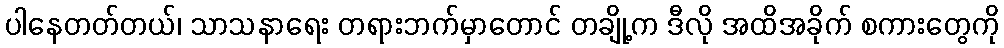
ပါနေတတ်တယ်၊ သာသနာရေး တရားဘက်မှာတောင် တချို့က ဒီလို အထိအခိုက် စကားတွေကို